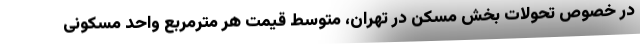
در خصوص تحولات بخش مسکن در تهران، متوسط قیمت هر مترمربع واحد مسکونی